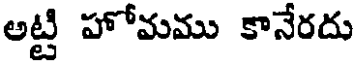
అట్టి హోమము కానేరదు